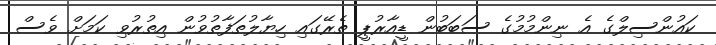
ކައުންސިލްގެ އެ ނިންމުމުގެ ސަބަބުން ޑީއާރުޕީ ތެރޭގައި ހިޔާލުތަފާތުވުން އިތުރުވި ކަމަށް ވެސް